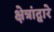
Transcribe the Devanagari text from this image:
क्षेत्रांद्वारे